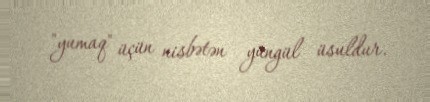
"yumaq" üçün nisbətən yüngül üsuldur.